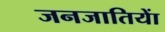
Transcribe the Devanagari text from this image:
जनजातियाें